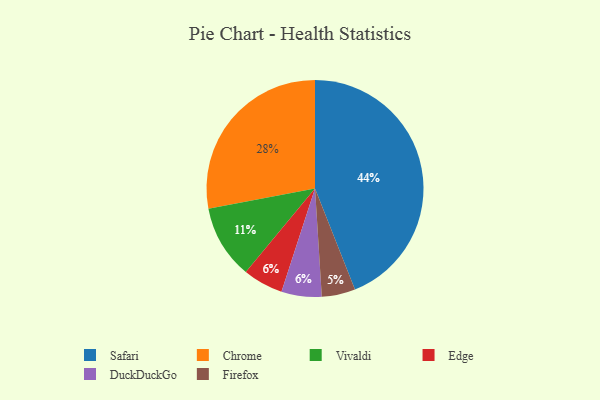
{"axis": {"x": "Category", "y": "Percentage"}, "legend": ["Chrome", "DuckDuckGo", "Edge", "Firefox", "Safari", "Vivaldi"], "data": [{"x": "Safari", "y": 44, "type": "Safari"}, {"x": "Edge", "y": 6, "type": "Edge"}, {"x": "Chrome", "y": 28, "type": "Chrome"}, {"x": "DuckDuckGo", "y": 6, "type": "DuckDuckGo"}, {"x": "Firefox", "y": 5, "type": "Firefox"}, {"x": "Vivaldi", "y": 11, "type": "Vivaldi"}]}